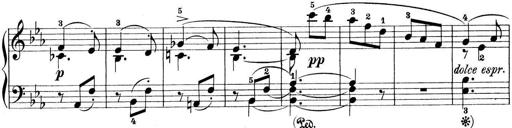
Title: Preis-Sonatine
Composer: Ernst James Bremner